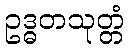
ဥဒ္ဓတသုတ္တံ